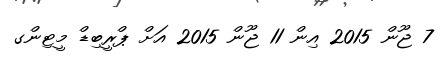
7 ޖޫން 2015 އިން 11 ޖޫން 2015 އަށް ޕްރީބިޑް މީޓިންގ